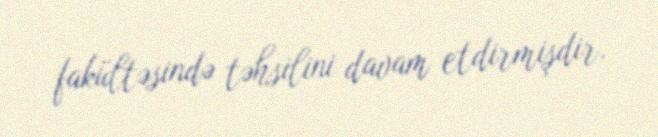
fakültəsində təhsilini davam etdirmişdir.